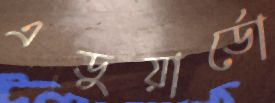
এডুয়ার্ডো